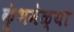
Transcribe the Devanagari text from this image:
कुंभमेळ्या